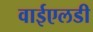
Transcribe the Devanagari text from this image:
वाईएलडी